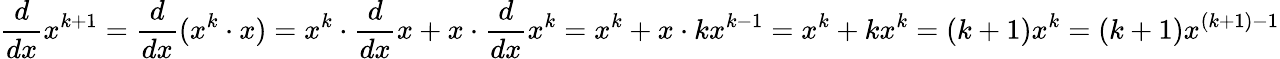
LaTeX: {\frac{d}{dx}}x^{k+1}={\frac{d}{dx}}(x^{k}\cdot x)=x^{k}\cdot{\frac{d}{dx}}x+x\cdot{\frac{d}{dx}}x^{k}=x^{k}+x\cdot kx^{k-1}=x^{k}+kx^{k}=(k+1)x^{k}=(k+1)x^{(k+1)-1}